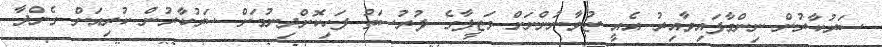
ސަރުކާރުން ނިންމާފައިވާއިރު އެއީ ޒުވާނުންނަށް ވަޒީފާގެ ފުރުސަތު ފަހިކޮށްދިނުމަށް ސަރުކާރުން ކުރިއަށް ގެންދާ